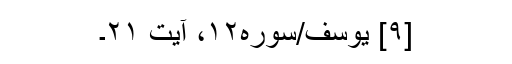
[۹] یوسف/سوره۱۲، آیت ۲۱۔